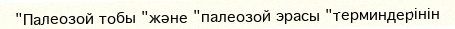
"Палеозой тобы "және "палеозой эрасы "терминдерінін